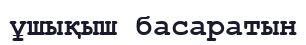
ұшықыш басаратын